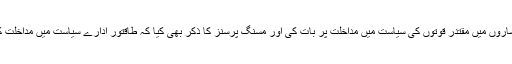
دو روز قبل مولانا نے اگرچہ براہ راست کسی کا نام تو نہیں لیا لیکن اشاروں میں مقتدر قوتوں کی سیاست میں مداخلت پر بات کی اور مسنگ پرسنز کا ذکر بھی کیا کہ طاقتور ادارے سیاست میں مداخلت کے ساتھ ساتھ شہریوں پر مظالم ڈھاتی ہے لیکن کوئی پرسان حال نہیں۔